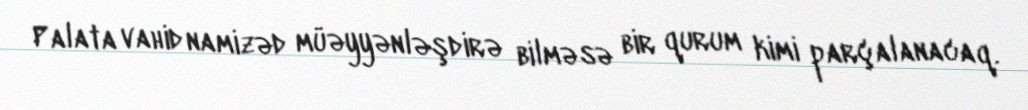
Palata vahid namizəd müəyyənləşdirə bilməsə bir qurum kimi parçalanacaq.